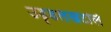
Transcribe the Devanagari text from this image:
उड़्डलखटोले